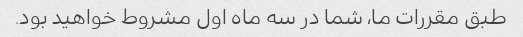
طبق مقررات ما، شما در سه ماه اول مشروط خواهید بود.